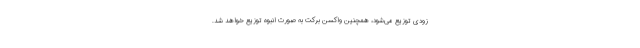
زودی توزیع می‌شود، همچنین واکسن برکت به صورت انبوه توزیع خواهد شد.